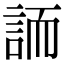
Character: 䛔